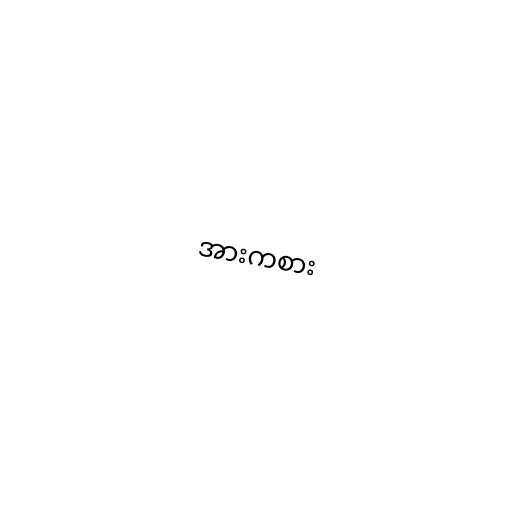
အားကစား